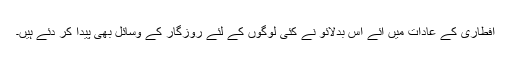
افطاری کے عادات میں آئے اس بدلائو نے کئی لوگوں کے لئے روزگار کے وسائل بھی پیدا کر دئے ہیں۔